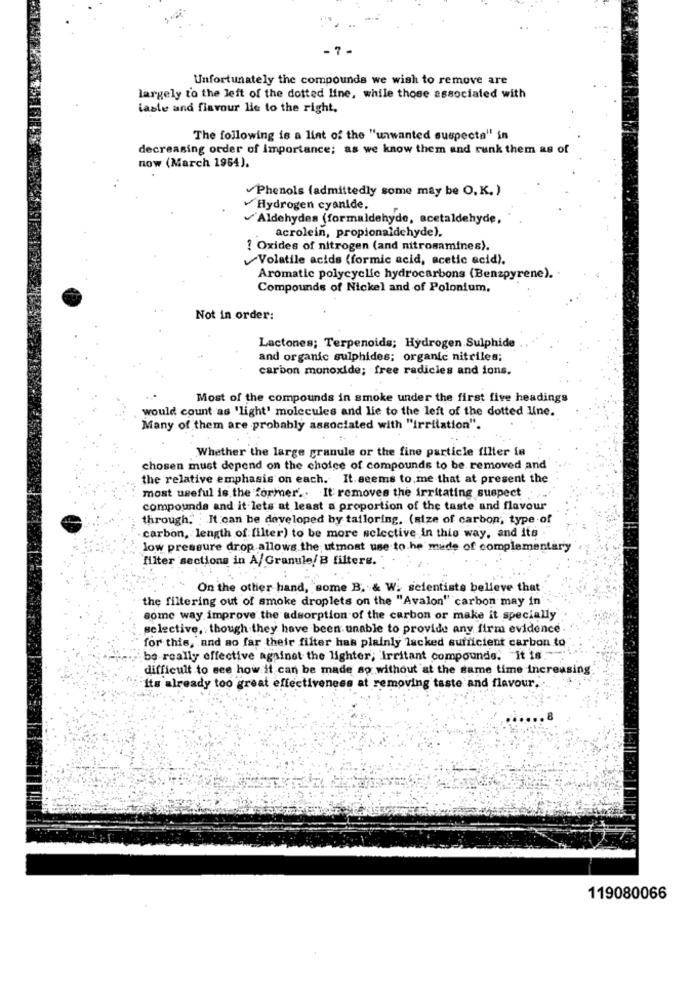
-7-
Unfortunately the compounds we wish to remove are
largely to the left of the dotted line, while those associated with
lasle and flavour lie to the right.
The following is a lint of the "unwanted suspecta" in
decreasing order of importance; as we know them and runk them as of
now (March 1954).
Phenols (admittedly some may be O.K. )
Hydrogen cyanide.
Aldehydes (formaldehyde, acetaldehyde,
acrolein, propionaldehyde).
1 Oxides of nitrogen (and nitrosamines).
Volatile acids (formic acid, acetic acid).
Aromatic polycyclic hydrocarbons (Benzpyrene).
Compounds of Nickel and of Polonium.
Not in order:
Lactones; Terpenoids; Hydrogen Sulphide
and organic sulphides; organic nitriles;
carbon monoxide; free radicles and ions.
Most of the compounds in smoke under the first five headings
would count as 'light' molecules and lie to the left of the dotted line.
Many of them are probably associated with "irritation".
Whether the large granule or the fine particle filter is
chosen must depend on the choice of compounds to be removed and
the relative emphasis on each. It. seems to me that at present the
most useful is the former .. It removes the irritating suspect
compounds and it lets at least a proportion of the taste and flavour
through. It can be developed by tailoring, (size of carbon, type of
carbon, length of filter) to be more selective in this way, and its
low pressure drop allows the utmost use to he made of complementary
filter sections in A/Granule/B filters.
On the other hand, some B. & W. scientists believe that
the filtering out of smoke droplets on the "Avalon" carbon may in"
some way improve the adsorption of the carbon or make it specially
selective, though they have been unable to provide any firm evidence
for this, and ao far their filter has plainly lacked sufficient carbon to
be really effective against the lighter; "Irritant compounds. "It 16.
difficult to see how it can be made ao without at the same time increasing
Its already too great effectiveness at removing taste and flavour.
119080066